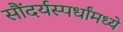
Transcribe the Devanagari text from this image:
सौंदर्यस्पर्धांमध्ये